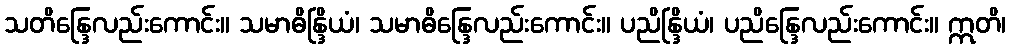
သတိန္ဒြေလည်းကောင်း။ သမာဓိန္ဒြိယံ၊ သမာဓိန္ဒြေလည်းကောင်း။ ပညိန္ဒြိယံ၊ ပညိန္ဒြေလည်းကောင်း။ ဣတိ၊